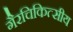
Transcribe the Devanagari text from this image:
गैरचिकित्सीय